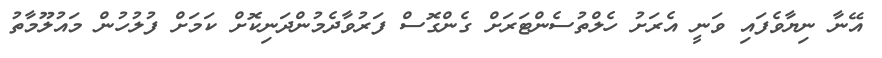
އޭނާ ނިޔާވެފައި ވަނީ އެރަށު ހެލްތުސެންޓަރަށް ގެންގޮސް ފަރުވާދެމުންދަނިކޮށް ކަމަށް ފުލުހުން މައުލޫމާތު